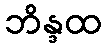
ဘိန္ဒထ